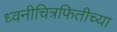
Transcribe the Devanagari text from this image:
ध्वनीचित्रफितीच्या